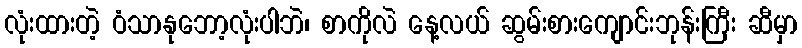
လုံးထားတဲ့ ဝံသာနုဘော့လုံးပါဘဲ၊ စာကိုလဲ နေ့လယ် ဆွမ်းစားကျောင်းဘုန်းကြီး ဆီမှာ